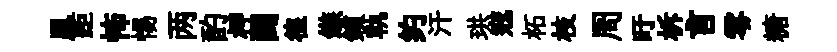
鳯距怖惕两酌柙闢徨鏃鎖軌约汗珙𡨥柘枝周旴柝言零糖